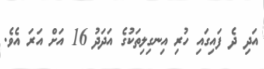
އަދި ދެ ފައިގައި ހުރި އިނގިލިތަކުގެ އަދަދު 16 އަށް އަރަ އެވެ.